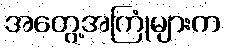
အတွေ့အကြုံများက